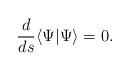
LaTeX: \begin{align*}\frac{d}{ds}\langle \Psi |\Psi \rangle =0.\end{align*}